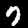
Digit: 7